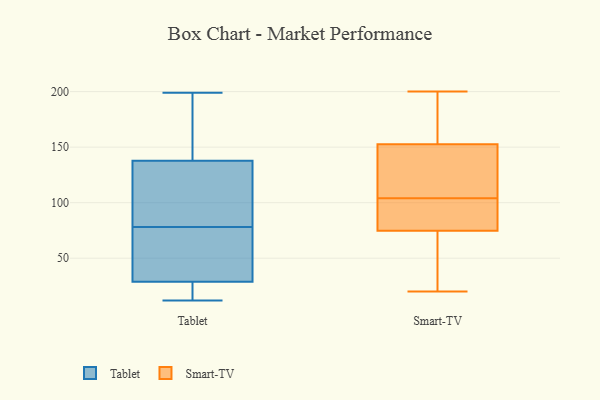
{"axis": {"x": "Gross Profit (USD K)", "y": "Value"}, "legend": ["Smart-TV", "Tablet"], "data": [{"x": "", "y": 71, "type": "Tablet"}, {"x": "", "y": 46, "type": "Tablet"}, {"x": "", "y": 23, "type": "Tablet"}, {"x": "", "y": 119, "type": "Tablet"}, {"x": "", "y": 109, "type": "Tablet"}, {"x": "", "y": 162, "type": "Tablet"}, {"x": "", "y": 46, "type": "Tablet"}, {"x": "", "y": 144, "type": "Tablet"}, {"x": "", "y": 13, "type": "Tablet"}, {"x": "", "y": 19, "type": "Tablet"}, {"x": "", "y": 78, "type": "Tablet"}, {"x": "", "y": 97, "type": "Tablet"}, {"x": "", "y": 199, "type": "Tablet"}, {"x": "", "y": 12, "type": "Tablet"}, {"x": "", "y": 170, "type": "Tablet"}, {"x": "", "y": 99, "type": "Smart-TV"}, {"x": "", "y": 95, "type": "Smart-TV"}, {"x": "", "y": 82, "type": "Smart-TV"}, {"x": "", "y": 53, "type": "Smart-TV"}, {"x": "", "y": 194, "type": "Smart-TV"}, {"x": "", "y": 176, "type": "Smart-TV"}, {"x": "", "y": 175, "type": "Smart-TV"}, {"x": "", "y": 118, "type": "Smart-TV"}, {"x": "", "y": 91, "type": "Smart-TV"}, {"x": "", "y": 133, "type": "Smart-TV"}, {"x": "", "y": 129, "type": "Smart-TV"}, {"x": "", "y": 20, "type": "Smart-TV"}, {"x": "", "y": 39, "type": "Smart-TV"}, {"x": "", "y": 29, "type": "Smart-TV"}, {"x": "", "y": 200, "type": "Smart-TV"}, {"x": "", "y": 145, "type": "Smart-TV"}, {"x": "", "y": 104, "type": "Smart-TV"}]}